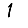
Digit: 1